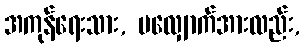
အကုန်ရေးသား, မလျှောက်အားလည်း,